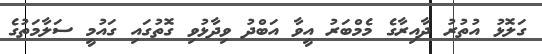
ގަލޮޅު އުތުރު ދާއިރާގެ މެމްބަރު އީވާ އަބްދު ވިދާޅުވި ގޮތުގައި ގައުމީ ސަލާމަތުގެ